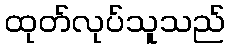
ထုတ်လုပ်သူသည်